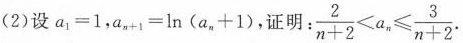
(2)设$$a_{1}=1$$，$$a_{n+1}=\ln (a_{n}+1)$$，证明： $$\frac{2}{n+2}<a_{n}\leq \frac{3}{n+2}$$.